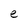
Character: e